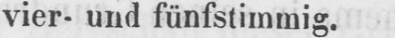
vier- und fünfstimmig.